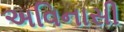
અવિનાસી